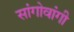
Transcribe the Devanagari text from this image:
सांगोवांगी